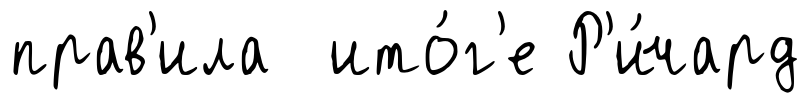
прав'ила ито́г'е Р'и́чард